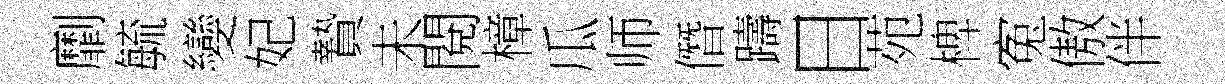
劘毓變妃贄未閱樟瓜师僭躊日苑椑寃傲伴